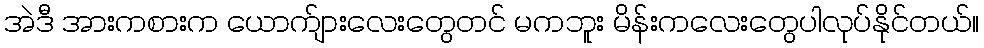
အဲဒီ အားကစားက ယောက်ျားလေးတွေတင် မကဘူး မိန်းကလေးတွေပါလုပ်နိုင်တယ်။